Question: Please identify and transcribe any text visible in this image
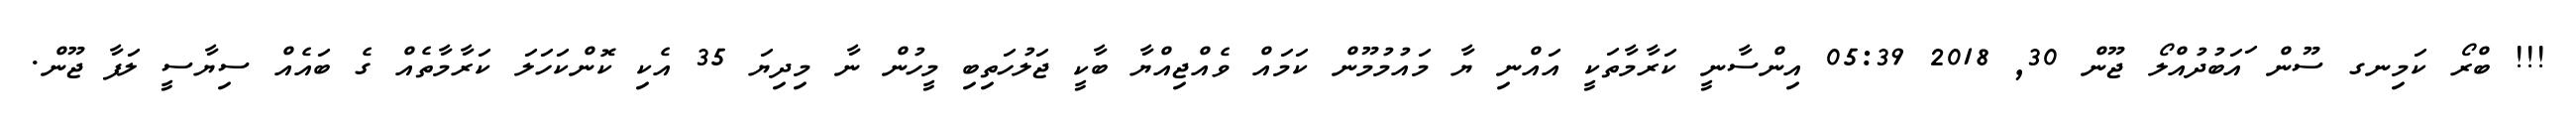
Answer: !!! ބްރޯ ކަމިނގ ސޫން ައަބުދުއްލޯ ޖޫން 30, 2018 05:39 އިންސާނީ ކަރާމާތަކީ އައްނި ޔާ މައުމުމޫން ކަމައް ވެއްޖިއްޔާ ބާކީ ޖަލުހަތިބި މީހުން ނާ މިދިޔަ 35 އެކި ކޮންކަހަލަ ކަރާމާތެއް ގެ ބައެއް ސިޔާސީ ލަފާ ޖޫން.